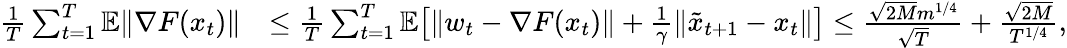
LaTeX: \begin{array}{rl}{\frac{1}{T}\sum_{t=1}^{T}\mathbb{E}\| \nabla F(x_{t})\| }&{\leq\frac{1}{T}\sum_{t=1}^{T}\mathbb{E}\big[\| w_{t}-\nabla F(x_{t})\| +\frac{1}{\gamma}\| \tilde{x}_{t+1}-x_{t}\| \big]\leq\frac{\sqrt{2M}m^{1/4}}{\sqrt{T}}+\frac{\sqrt{2M}}{T^{1/4}},}\end{array}